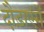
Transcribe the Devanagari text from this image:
दौड़ाएंगें